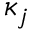
\kappa _ { j }